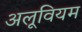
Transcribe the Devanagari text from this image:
अलूवियम